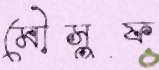
মৌসুফ